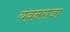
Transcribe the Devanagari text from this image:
यवनराजा